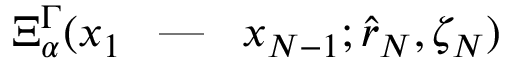
\Xi _ { \alpha } ^ { \Gamma } ( x _ { 1 } \textrm { \, --- \, } x _ { N - 1 } ; \hat { r } _ { N } , \zeta _ { N } )